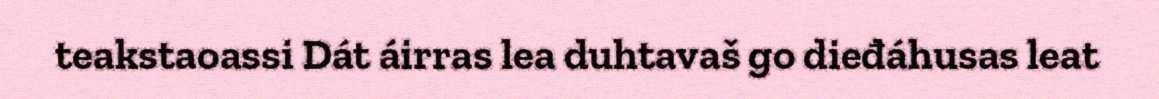
teakstaoassi Dát áirras lea duhtavaš go dieđáhusas leat